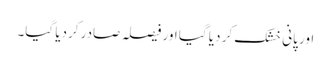
اور پانی خشک کر دیا گیا اور فیصلہ صادر کردیا گیا۔